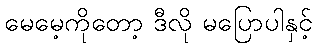
မေမေ့ကိုတော့ ဒီလို မပြောပါနှင့်